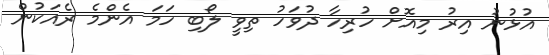
އުޅުނު އިރު މިއޮށް ހުރިހާ ދުވަހު ތިވީ ލޯބި ހަމަ އެންމެ ރެއަކުން